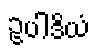
ဥပါဒိယံ